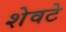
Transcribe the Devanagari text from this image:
शेवटे